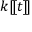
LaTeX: k [ \! [ t ] \! ]